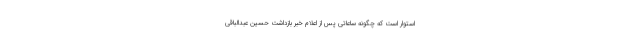
استوار است که چگونه ساعاتی پس از اعلام خبر بازداشت حسین عبدالباقی